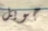
جويل